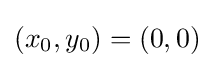
(x_{0},y_{0})=(0,0)